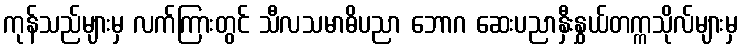
ကုန်သည်များမှ လက်ကြားတွင် သီလသမာဓိပညာ ဘောဂ ဆေးပညာနှီးနွှယ်တက္ကသိုလ်များမှ